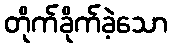
တိုက်ခိုက်ခဲ့သော